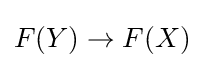
F(Y)\to F(X)